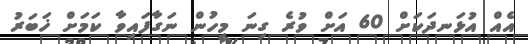
އެއް އުޅަނދަކަށް 60 އަށް ވުރެ ގިނަ މީހުން ނަގާފައިވާ ކަމަށް ޚަބަރު